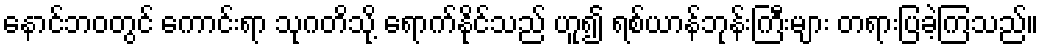
နောင်ဘဝတွင် ကောင်းရာ သုဂတိသို့ ရောက်နိုင်သည် ဟူ၍ ရစ်ယာန်ဘုန်းကြီးများ တရားပြခဲ့ကြသည်။